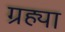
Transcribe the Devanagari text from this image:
ग्रह्या